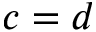
c = d